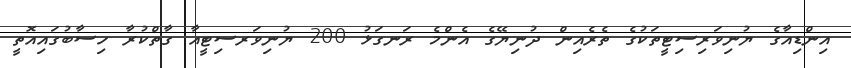
އިންޑިއާގެ ޔުނިވަރިސިޓީތަކުގެ ތެރެއިން ދުނިޔޭގެ އެންމެ ރަނގަޅު 200 ޔުނިވަރސިޓީއާ ގާތްކުރާ ހިސާބުގައިއޮތީ